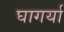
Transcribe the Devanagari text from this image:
घागर्या